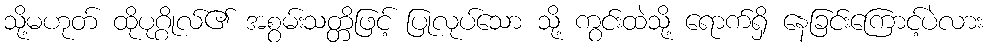
သို့မဟုတ် ထိုပုဂ္ဂိုလ်၏ အစွမ်းသတ္တိဖြင့် ပြုလုပ်သော သို့ ကွင်းထဲသို့ ရောက်ရှိ နေခြင်းကြောင့်ပဲလား